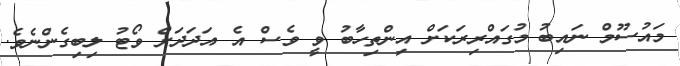
މައުސޫމް ނައިބު މުގައްރިރަކަށް އިންތިހާބު ވީ ވެސް އެ އަދަދަށް ވޯޓު ލިބިގެންނެވެ.